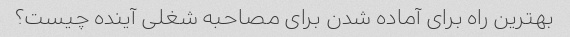
بهترین راه برای آماده شدن برای مصاحبه شغلی آینده چیست؟